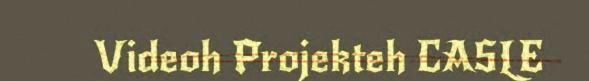
Videoh Projekteh CASLE